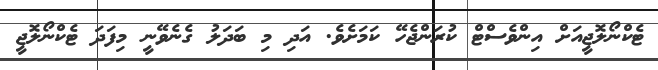
ޓެކްނޯލޮޖީއަށް އިންވެސްޓް ކުރަންޖެހޭ ކަމަށެވެ. އަދި މި ބަދަލު ގެނެވޭނީ މިފަދަ ޓެކްނޯލޮޖީ